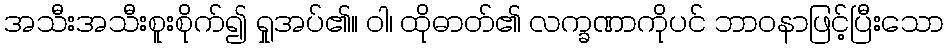
အသီးအသီးစူးစိုက်၍ ရှုအပ်၏။ ဝါ၊ ထိုဓာတ်၏ လက္ခဏာကိုပင် ဘာဝနာဖြင့်ပြီးသော